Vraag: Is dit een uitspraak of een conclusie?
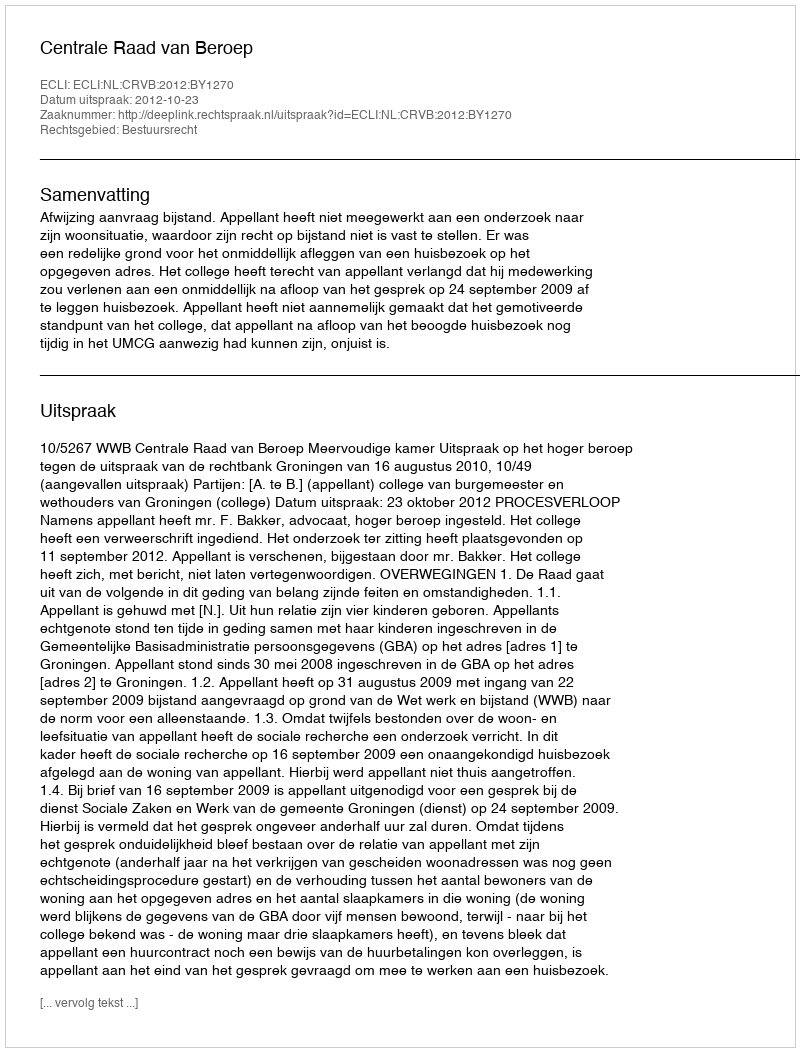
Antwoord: Uitspraak